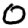
Digit: 0